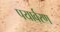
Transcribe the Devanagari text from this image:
पयार्वरण